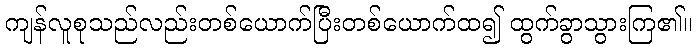
ကျန်လူစုသည်လည်းတစ်ယောက်ပြီးတစ်ယောက်ထ၍ ထွက်ခွာသွားကြ၏။